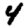
Digit: 4